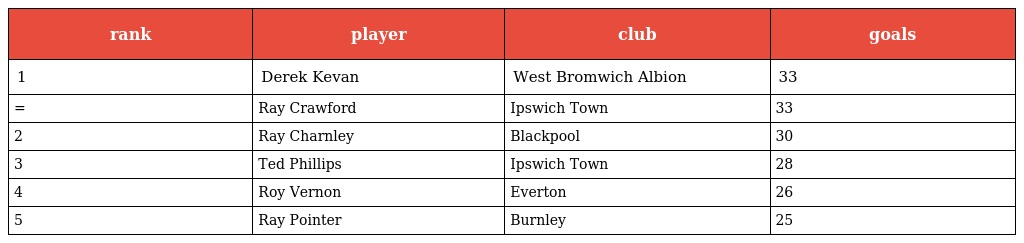
| rank | player | club | goals |
 | --- | --- | --- | --- |
 | 1 | Derek Kevan | West Bromwich Albion | 33 |
 | = | Ray Crawford | Ipswich Town | 33 |
 | 2 | Ray Charnley | Blackpool | 30 |
 | 3 | Ted Phillips | Ipswich Town | 28 |
 | 4 | Roy Vernon | Everton | 26 |
 | 5 | Ray Pointer | Burnley | 25 |